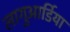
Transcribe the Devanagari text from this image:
लागुआर्डिया